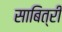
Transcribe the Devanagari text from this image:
साबित्री